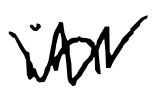
Text: in
Cross-out: zig-zag
Writing tool: digital_black